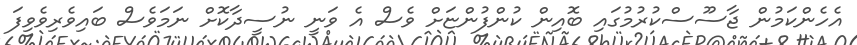
އެހެންކަމުން ޖާސޫސްކުރުމުގައި ބޮއިން ކުންފުންޏަށް ވެސް އެ ވަނީ ނުސީދާކޮށް ނަމަވެސް ބައިވެރިވެވިފަ